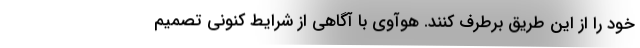
خود را از این طریق برطرف کنند. هوآوی با آگاهی از شرایط کنونی تصمیم